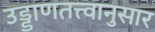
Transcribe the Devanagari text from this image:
उड्डाणतत्त्वानुसार